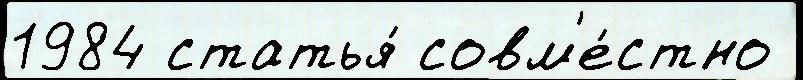
1984 статья́ совм'е́стно